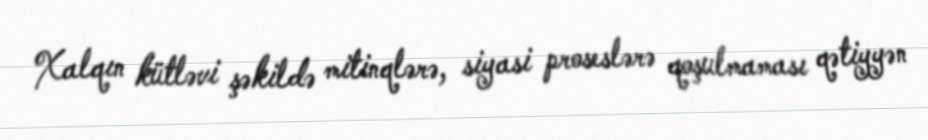
Xalqın kütləvi şəkildə mitinqlərə, siyasi proseslərə qoşulmaması qətiyyən